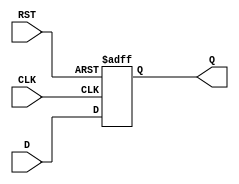
module DataRegister (
    input wire D,          // Data input
    input wire CLK,        // Clock input
    input wire RST,        // Asynchronous reset
    output reg Q           // Data output
);

// Always block for capturing data on the rising edge of CLK
// and handling asynchronous reset
always @(posedge CLK or posedge RST) begin
    if (RST) begin
        Q <= 1'b0;        // Clear the register on reset
    end else begin
        Q <= D;           // Capture data on the rising edge of CLK
    end
end

endmodule